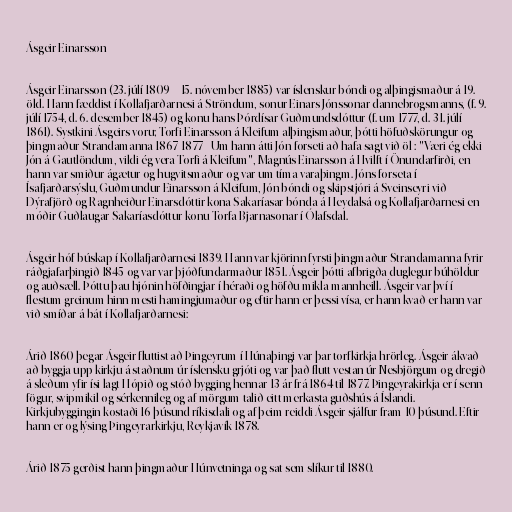
Ásgeir Einarsson

Ásgeir Einarsson (23. júlí 1809 – 15. nóvember 1885) var íslenskur bóndi og alþingismaður á 19.
öld. Hann fæddist í Kollafjarðarnesi á Ströndum, sonur Einars Jónssonar dannebrogsmanns, (f. 9.
júlí 1754, d. 6. desember 1845) og konu hans Þórdísar Guðmundsdóttur (f. um 1777, d. 31. júlí
1861). Systkini Ásgeirs voru; Torfi Einarsson á Kleifum alþingismaður, þótti höfuðskörungur og
þingmaður Strandamanna 1867-1877 - Um hann átti Jón forseti að hafa sagt við öl : "Væri ég ekki
Jón á Gautlöndum, vildi ég vera Torfi á Kleifum", Magnús Einarsson á Hvilft í Önundarfirði, en
hann var smiður ágætur og hugvitsmaður og var um tíma varaþingm. Jóns forseta í
Ísafjarðarsýslu, Guðmundur Einarsson á Kleifum, Jón bóndi og skipstjóri á Sveinseyri við
Dýrafjörð og Ragnheiður Einarsdóttir kona Sakaríasar bónda á Heydalsá og Kollafjarðarnesi en
móðir Guðlaugar Sakaríasdóttur konu Torfa Bjarnasonar í Ólafsdal.

Ásgeir hóf búskap í Kollafjarðarnesi 1839. Hann var kjörinn fyrsti þingmaður Strandamanna fyrir
ráðgjafarþingið 1845 og var var þjóðfundarmaður 1851. Ásgeir þótti afbrigða duglegur búhöldur
og auðsæll. Þóttu þau hjónin höfðingjar í héraði og höfðu mikla mannheill. Ásgeir var því í
flestum greinum hinn mesti hamingjumaður og eftir hann er þessi vísa, er hann kvað er hann var
við smíðar á bát í Kollafjarðarnesi:

Árið 1860 þegar Ásgeir fluttist að Þingeyrum í Húnaþingi var þar torfkirkja hrörleg. Ásgeir ákvað
að byggja upp kirkju á staðnum úr íslensku grjóti og var það flutt vestan úr Nesbjörgum og dregið
á sleðum yfir ísi lagt Hópið og stóð bygging hennar 13 ár frá 1864 til 1877. Þingeyrakirkja er í senn
fögur, svipmikil og sérkennileg og af mörgum talið eitt merkasta guðshús á Íslandi.
Kirkjubyggingin kostaði 16 þúsund ríkisdali og af þeim reiddi Ásgeir sjálfur fram 10 þúsund. Eftir
hann er og lýsing Þingeyrarkirkju, Reykjavík 1878.

Árið 1875 gerðist hann þingmaður Húnvetninga og sat sem slíkur til 1880.